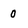
Character: 0